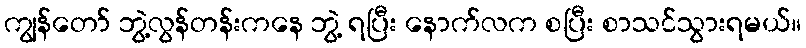
ကျွန်တော် ဘွဲ့လွန်တန်းကနေ ဘွဲ့ ရပြီး နောက်လက စပြီး စာသင်သွားရမယ်။